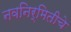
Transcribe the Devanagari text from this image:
नवनिर्मितीचे